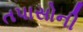
તપાસોની